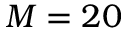
M = 2 0